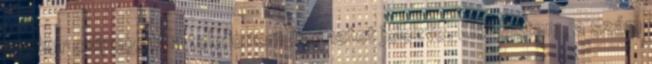
amikor csipogott a telefonom üzenetet jelezve. Elolvastam, a szám